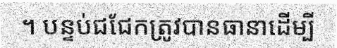
។ បន្ទប់ជជែកត្រូវបានធានាដើម្បី